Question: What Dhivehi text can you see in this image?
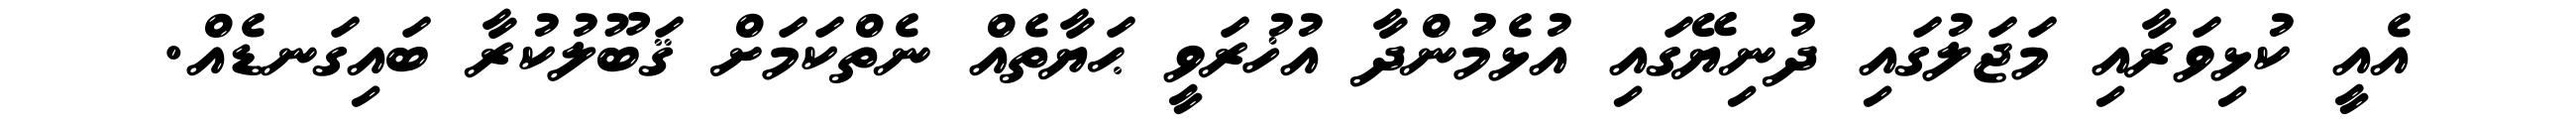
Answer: އެއީ ކުޅިވަރާއި މަޖަލުގައި ދުނިޔޭގައި އުޅެމުންދާ އުޚުރަވީ ޙަޔާތެއް ނެތްކަމަށް ޤަބޫލުކުރާ ބައިގަނޑެއް.